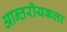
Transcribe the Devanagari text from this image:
आन्तरीयकला